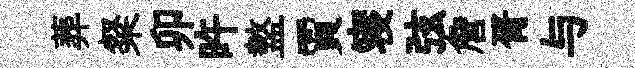
葬粲卯旿盩賈寝弦詹胥与